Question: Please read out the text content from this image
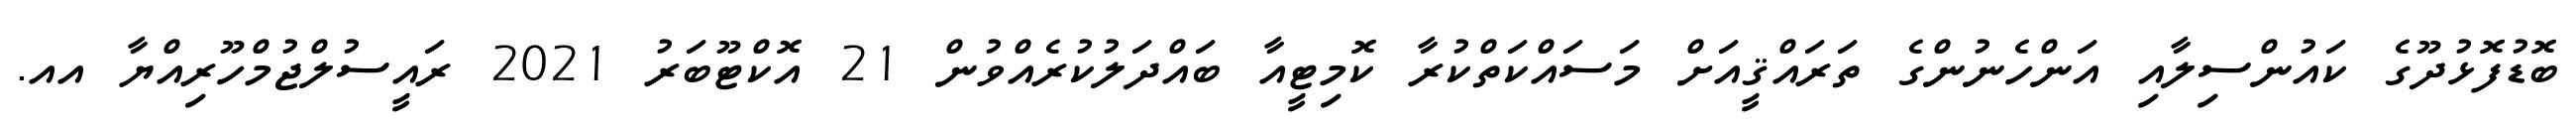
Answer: ބޮޑުފޮޅުދޫގެ ކައުންސިލާއި އަންހެނުންގެ ތަރައްޤީއަށް މަސައްކަތްކުރާ ކޮމިޓީއާ ބައްދަލުކުރެއްވުން 21 އޮކްޓޫބަރު 2021 ރައީސުލްޖުމްހޫރިއްޔާ އއ.